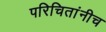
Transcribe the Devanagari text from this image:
परिचितांनीच